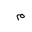
Letter: _mim